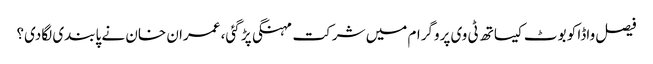
فیصل واڈا کو بوٹ کیساتھ ٹی وی پروگرام میں شرکت مہنگی پڑ گئی، عمران خان نے پابندی لگادی؟